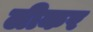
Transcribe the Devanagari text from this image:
लीकर